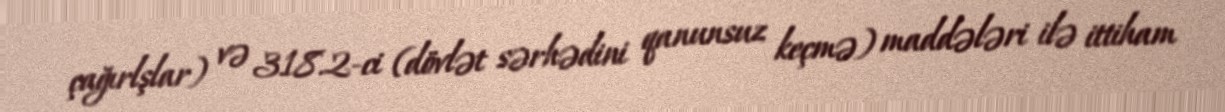
çağırlşlar) və 318.2-ci (dövlət sərhədini qanunsuz keçmə) maddələri ilə ittiham